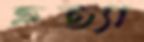
হত্যা